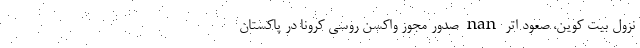
نزول بیت کوین، صعود اتر nan صدور مجوز واکسن روسی کرونا در پاکستان